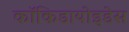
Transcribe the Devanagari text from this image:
कॉकिडायोइडेस